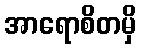
အာရောစိတမှိ